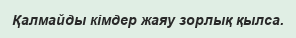
Қалмайды кімдер жаяу зорлық қылса.